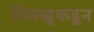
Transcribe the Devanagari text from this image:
भिक्खुकडून